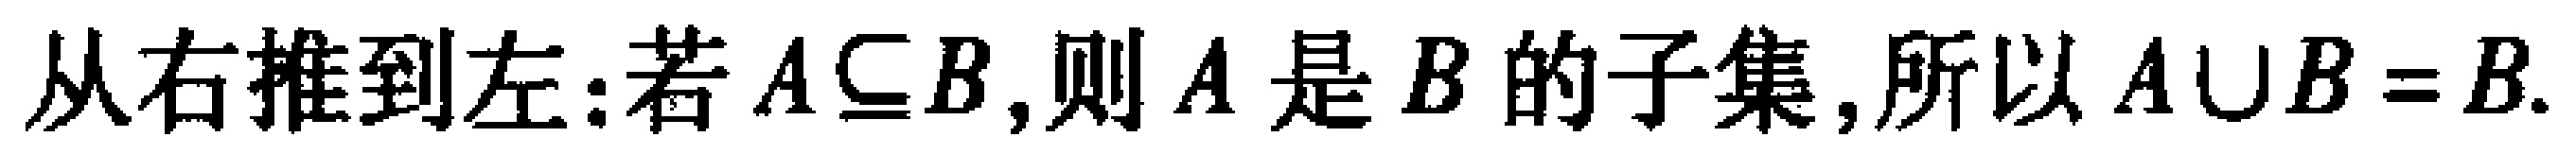
从右推到左:若 \(A\subseteq B\),则 \(A\) 是 \(B\) 的子集,所以 \(A\cup B = B\).